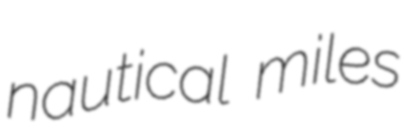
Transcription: nautical miles